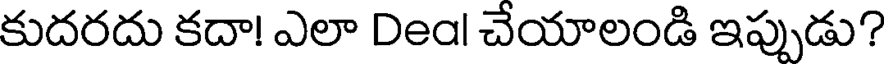
కుదరదు కదా! ఎలా Deal చేయాలండి ఇప్పుడు?